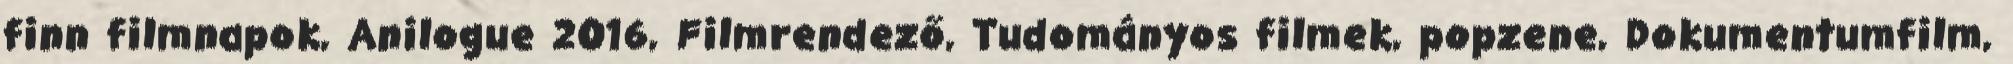
finn filmnapok, Anilogue 2016, Filmrendező, Tudományos filmek, popzene, Dokumentumfilm,